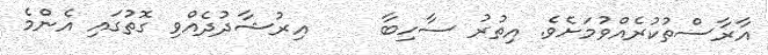
އާރާސްތުކުރެއްވުމަށެވެ. އިތުރު ސާހިބާ     އިރުޝާދުދެއްވި ގޮތުގައި އެންމެ